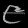
Digit: ၉